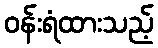
ဝန်းရံထားသည့်